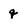
Character: q